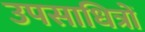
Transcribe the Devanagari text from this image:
उपसाधित्रों